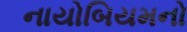
નાયોબિયમનો